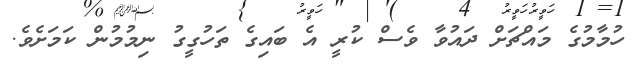
ހުމާމުގެ މައްޗަށް ދައުވާ ވެސް ކުރީ އެ ބައިގެ ތަހުގީގު ނިމުމުން ކަމަށެވެ.